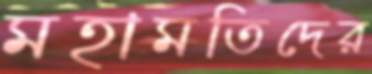
মহামতিদের